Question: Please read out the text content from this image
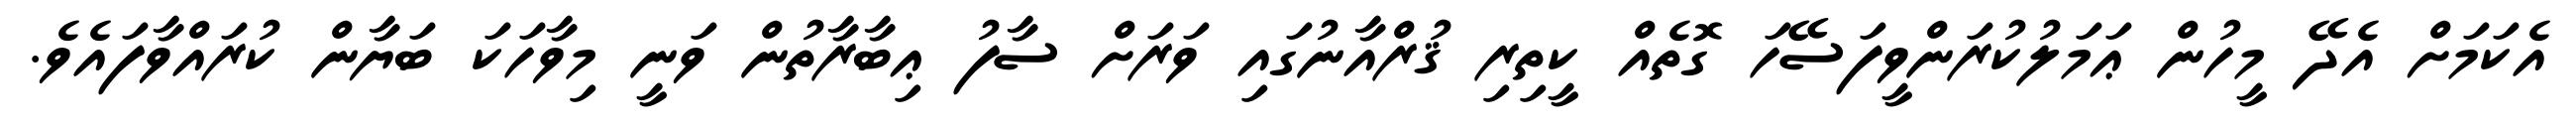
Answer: އެކަމަށް އެދޭ މީހުން ޢަމަލުކުރަންވީފަސޭހަ ގޮތެއް ކީތިރި ޤުރްއާނުގައި ވަރަށް ސާފު ޢިބާރާތުން ވަނީ މިވާހަކަ ބަޔާން ކުރައްވާފައެވެ.